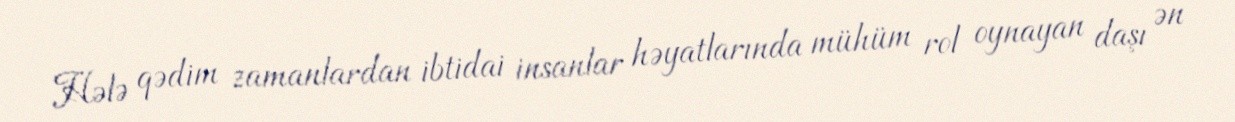
Hələ qədim zamanlardan ibtidai insanlar həyatlarında mühüm rol oynayan daşı ən